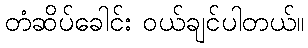
တံဆိပ်ခေါင်း ဝယ်ချင်ပါတယ်။